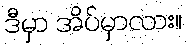
ဒီမှာ အိပ်မှာလား။